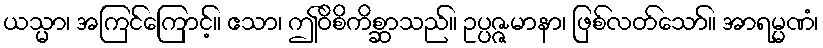
ယသ္မာ၊ အကြင်ကြောင့်။ ဧသာ၊ ဤဝိစိကိစ္ဆာသည်။ ဥပ္ပဇ္ဇမာနာ၊ ဖြစ်လတ်သော်။ အာရမ္မဏံ၊